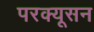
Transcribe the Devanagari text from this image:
परक्यूसन